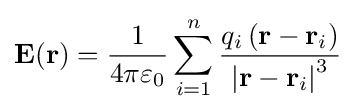
\mathbf {E(r)} ={\frac {1}{4\pi \varepsilon _{0}}}\sum _{i=1}^{n}{\frac {q_{i}\left(\mathbf {r} -\mathbf {r} _{i}\right)}{\left|\mathbf {r} -\mathbf {r} _{i}\right|^{3}}}